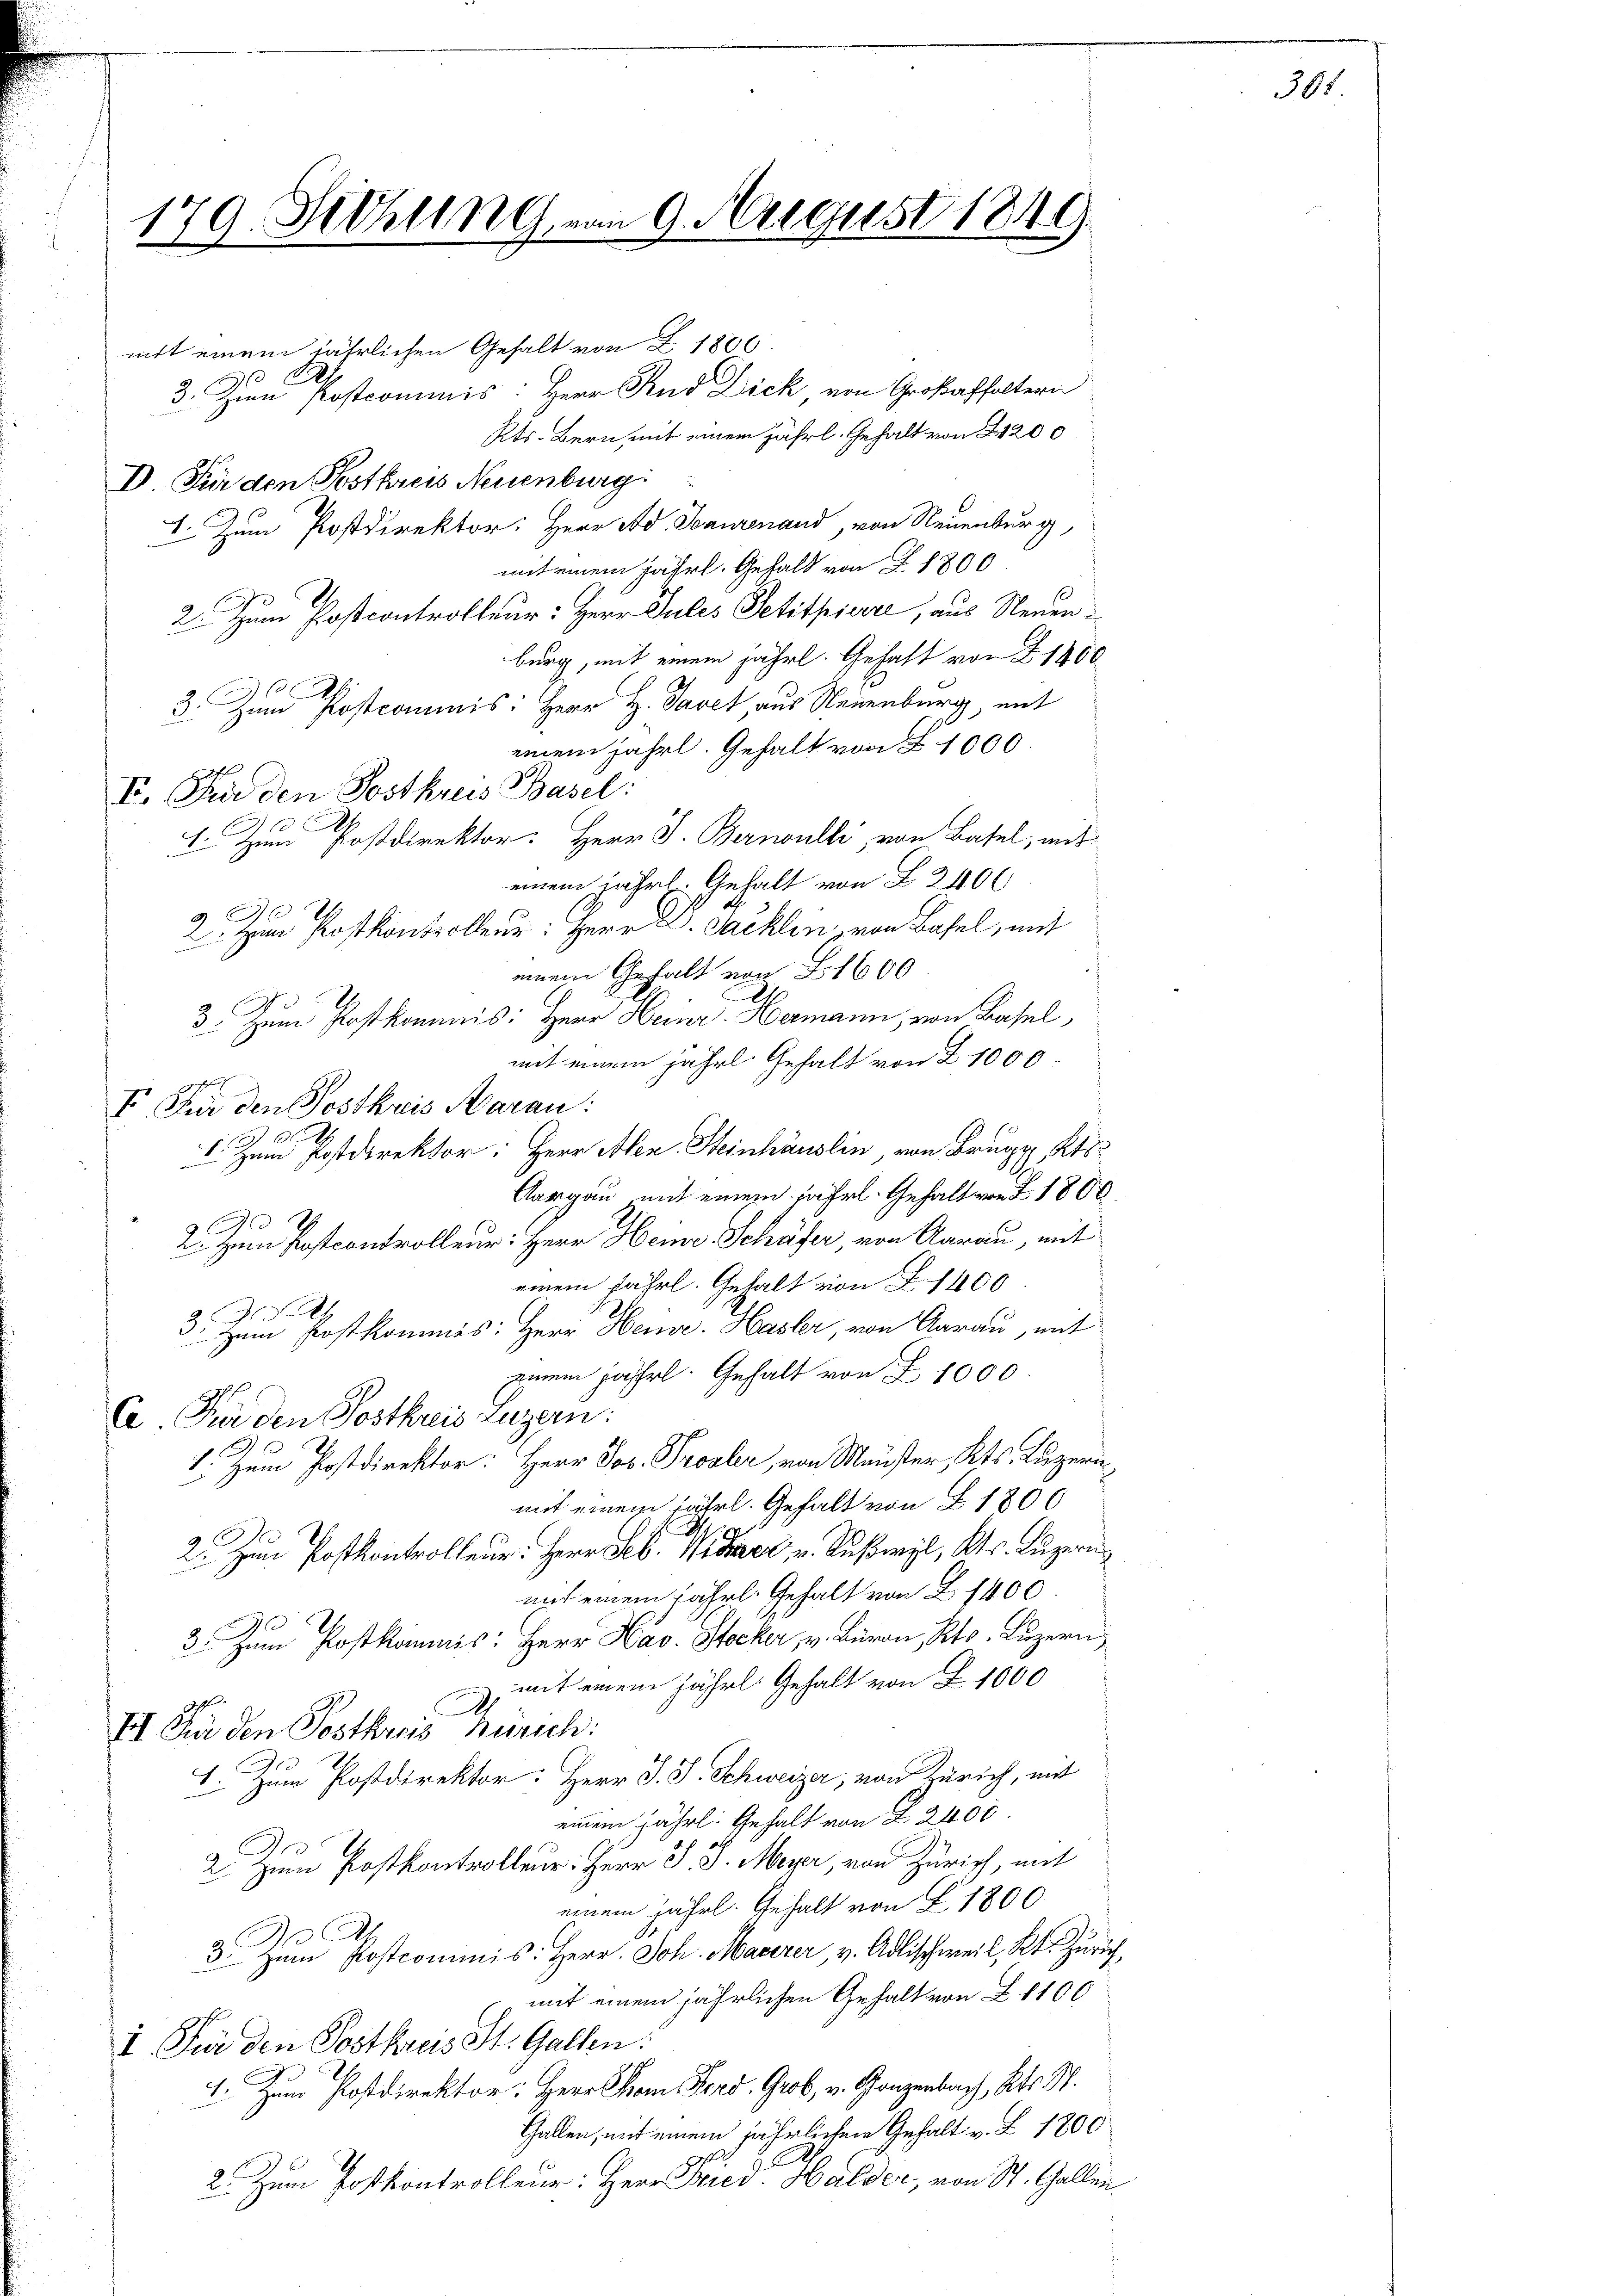
179. Setzung vom 9. August 1844

mit einem jährlichen Gehalt von Z 1800
10
3. Zum Postcommis: Herr Rud Dick von Großaffoltern
Kts. Bern, mit einem jährl. Gehalt von 21200
D Für den Postkreis Neuenburg:
 Zum Postdirektor: Herr Ad. Saurenand, von Neuenburg,
mit einem fährl. Gehalt von Z 1800
)
2. zum Postcontrolleur: Herr Jules Petitpierre, aus Neuenburg, mit einem jährl. Gehalt von § 1400
29
3. Zum Postcommis: Herr H. Tavet, aus Neuenburg, mit
einem jährl. Gehalt von § 1000
V. Für den Postkreis Basel:
1 f 0 x
1. Zum Postdirektor. Herr V. Bernwulli, von Basel, mit
einem jährl. Gehalt von 2400
x
2 im Postkontrollen: Herr Dr. Packlen von Basel, mit
einem Gehalt von F. 1600
3. Zum Postkommnis: Herr Heinr. Hermann, von Basel,
mit einem jährl. Gehalt von Z 1000
1
I. Für den Postkreis Aarau:
1 100
I. zum Postdirektor: Herr Alen. Steinhäuslin, von Brugg Kts
Aargau mit einem jährl. Gehalt von 1800
C
2. Zum Postcontrolleur: Herr Heine Schäfer, von Aarau, mit
einem jährl. Gehalt von § 1400
A
3. Zum Postkommes: Herr Heise. Hasler, von Aarau, mit
einem jährl. Gehalt von Z 1000
2
Ca Für den Postkreis Luzern:
1. Zum Postdirektor: Herr Jos. Prosler, von Meister, Kts. Luzern,
mit einem jährl. Gehalt von Z 1800
9 M
2. zum Postkontrolleur: Herr Seb. Wider, u. Ruswyl, Kts. Luzern
auch einem jährl. Gehalt von Z 1400
3. Zum Postkommnis: Herr Hav. Stocker, v. Büron, Kts. Luzern,
mit einem jährl. Gehalt von Z. 1000
J
II. Für den Postkreis Bursch:
1
I. Zum Postdirektor: Herr J. J. Schweizer, von Zürich, mit
einem jährl. Gehalt von Z. 2400
2. Zum Postkontrolleur: Herr J. J. Meyer, von Zürich, mit
einem jährl. Gehalt von Z 1800
D Ah.
3. Zum Postcommis: Herr. Joh. Maxirer, v. Adlischweil, Kt. Zürichmit einem jährlichen Gehalt von Z. 1100
1 Für den Postkreis St. Gallen:
1. Zum Postdirektor: Herr Cham Ferd. Grob, v. Ganzenbach, Kts. S.
Gallen, mit einem jährlichen Gehalt v. Z. 1800.
2. Zum Postkontrolleur: Herr Fried. Halder, von St. Gallen

305